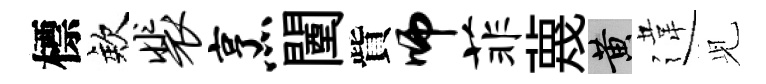
標欸裴烹闉貲师菲蔑黄違𫤗